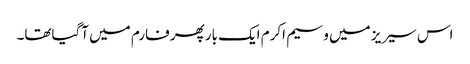
اس سیریز میں وسیم اکرم ایک بارپھر فارم میں آگیاتھا۔